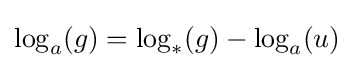
\log _{a}(g)=\log _{*}(g)-\log _{a}(u)